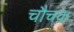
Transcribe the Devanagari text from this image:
चौचक